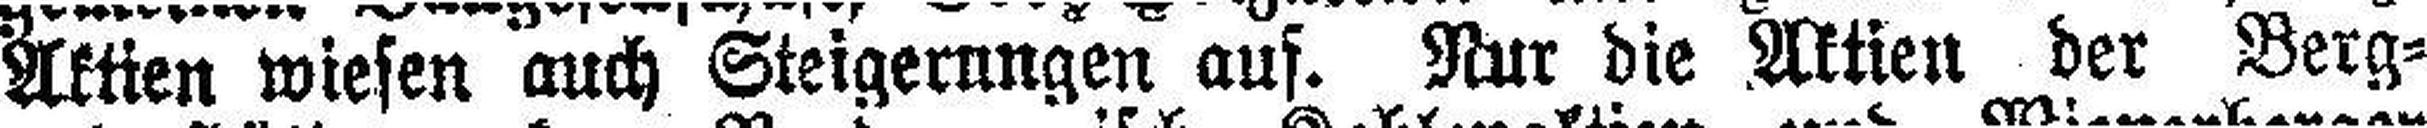
Aktien wiesen auch Steigerungen auf. Nur die Aktien der Berg=